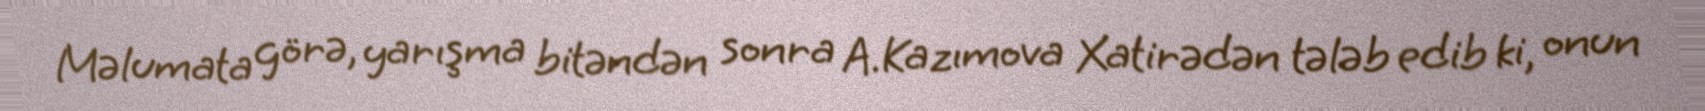
Məlumata görə, yarışma bitəndən sonra A.Kazımova Xatirədən tələb edib ki, onun